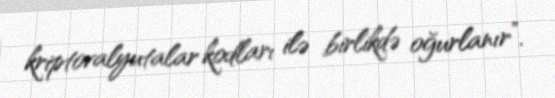
kriptovalyutalar kodları ilə birlikdə oğurlanır”.